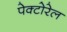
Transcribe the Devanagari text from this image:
पेक्टोरेल